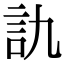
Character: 訅